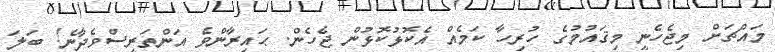
މައްޗަށް މިޖެހެނީ މިޤައުމުގެ ހުރިހާ ކަމެއް އެކޮޅުކޮޅުން ޖެހެން. ޙައިރާންވެ އަންތަރީސްވެދާނެ! ބަލަ